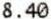
8.40